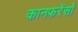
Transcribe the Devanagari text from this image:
कानफरेंसों